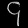
Digit: ၄